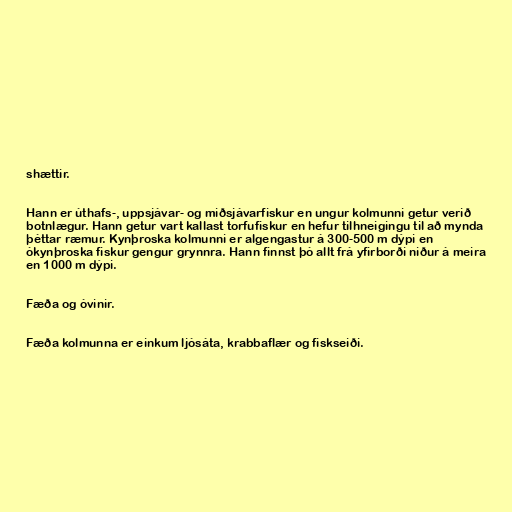
shættir.

Hann er úthafs-, uppsjávar- og miðsjávarfiskur en ungur kolmunni getur verið
botnlægur. Hann getur vart kallast torfufiskur en hefur tilhneigingu til að mynda
þéttar ræmur. Kynþroska kolmunni er algengastur á 300-500 m dýpi en
ókynþroska fiskur gengur grynnra. Hann finnst þó allt frá yfirborði niður á meira
en 1000 m dýpi.

Fæða og óvinir.

Fæða kolmunna er einkum ljósáta, krabbaflær og fiskseiði.